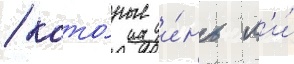
/ кото́рые и́нь л'и́